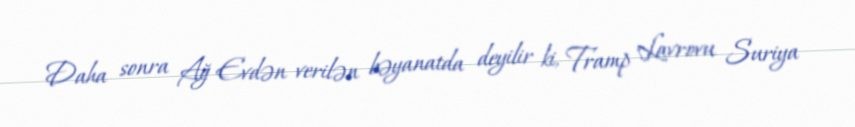
Daha sonra Ağ Evdən verilən bəyanatda deyilir ki, Tramp Lavrovu Suriya